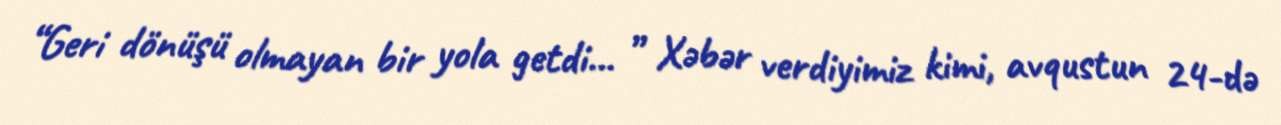
“Geri dönüşü olmayan bir yola getdi... ” Xəbər verdiyimiz kimi, avqustun 24-də